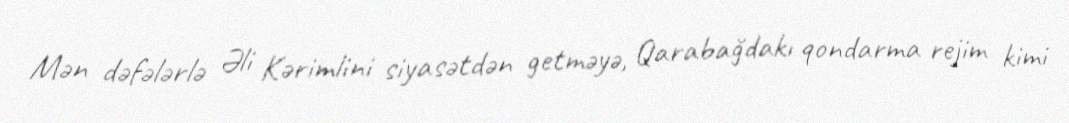
Mən dəfələrlə Əli Kərimlini siyasətdən getməyə, Qarabağdakı qondarma rejim kimi